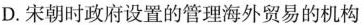
D.宋朝时政府设置的管理海外贸易的机构